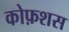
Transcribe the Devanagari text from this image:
कोफ़शस